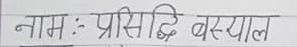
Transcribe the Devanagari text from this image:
नाम : प्रसिद्धि बस्याल